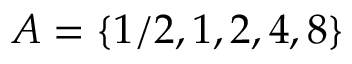
A = \{ 1 / 2 , 1 , 2 , 4 , 8 \}